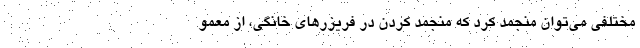
مختلفی می‌توان منجمد کرد که منجمد کردن در فریزرهای خانگی، از معمو